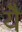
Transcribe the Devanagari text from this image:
येै